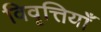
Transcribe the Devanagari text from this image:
विवृत्तियाँ